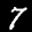
Label: 7